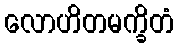
လောဟိတမက္ခိတံ